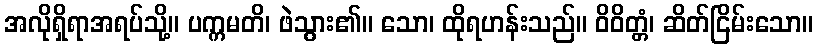
အလိုရှိရာအရပ်သို့။ ပက္ကမတိ၊ ဖဲသွား၏။ သော၊ ထိုရဟန်းသည်။ ဝိဝိတ္တံ၊ ဆိတ်ငြိမ်းသော။